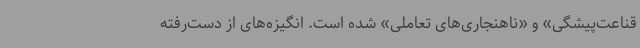
قناعت‌پیشگی» و «ناهنجاری‌های تعاملی» شده است. انگیزه‌های از دست‌رفته‌